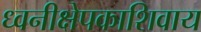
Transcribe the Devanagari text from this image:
ध्वनीक्षेपकाशिवाय